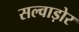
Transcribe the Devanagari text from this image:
सल्वाड़ोर